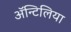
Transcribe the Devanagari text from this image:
अॅन्टिलिया